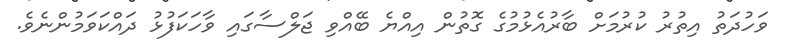
ވަހުދަތު އިތުރު ކުރުމަށް ބާރުއެޅުމުގެ ގޮތުން އިއްޔެ ބޭއްވި ޖަލްސާގައި ވާހަކަފުޅު ދައްކަވަމުންނެވެ.